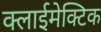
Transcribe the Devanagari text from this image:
क्लाईमेक्टिक